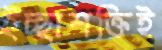
ইচ্ছাশক্তিই